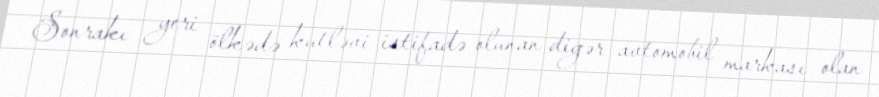
Sonrakı yeri ölkədə kutləvi istifadə olunan digər avtomobil markası olan